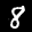
Label: 8